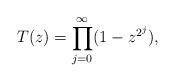
LaTeX: \begin{align*}T(z)=\prod_{j=0}^{\infty}(1-z^{2^{j}}),\end{align*}